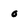
Character: O